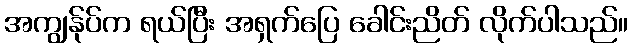
အကျွန်ုပ်က ရယ်ပြီး အရှက်ပြေ ခေါင်းညိတ် လိုက်ပါသည်။